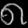
Digit: ၈